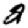
Digit: 2